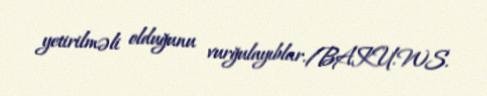
yetirilməli olduğunu vurğulayıblar./BAKU.WS.